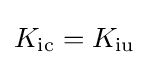
K_{\mathrm {ic} }=K_{\mathrm {iu} }